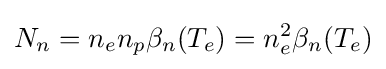
N_{n}=n_{e}n_{p}\beta _{n}(T_{e})=n_{e}^{2}\beta _{n}(T_{e})